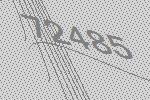
72485